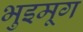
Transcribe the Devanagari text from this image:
भुइमूग